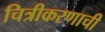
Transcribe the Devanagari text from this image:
चित्रीकरणाची